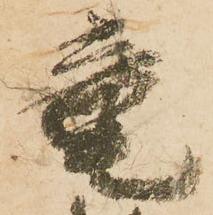
竜